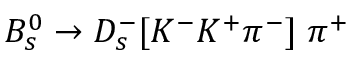
B _ { s } ^ { 0 } \to D _ { s } ^ { - } [ K ^ { - } K ^ { + } \pi ^ { - } ] \; \pi ^ { + }